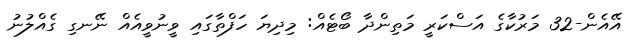
އޭއެން-32 މަރުކާގެ އަސްކަރީ މަތިންދާ ބޯޓެއް: މިދިޔަ ހަފްތާގައި ވީނުވީއެއް ނޭނގި ގެއްލުނު